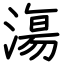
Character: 漡